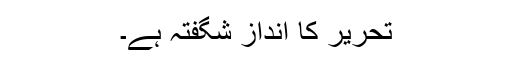
تحریر کا انداز شگفتہ ہے۔